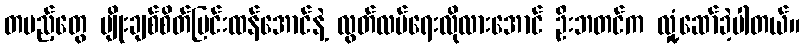
တပည့်တွေ မျိုးချစ်စိတ်ပြင်းထန်အောင်နဲ့ လွတ်လပ်ရေးလိုလားအောင် ဦးဘတင်က လှုံ့ဆော်ခဲ့ပါတယ်။